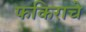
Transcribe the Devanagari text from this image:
फकिराचे